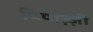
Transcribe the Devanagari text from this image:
पियाज़्ज़ी